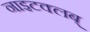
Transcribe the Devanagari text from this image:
नाइटक्लब्